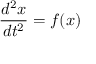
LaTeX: { \frac { d ^ { 2 } x } { d t ^ { 2 } } } = f ( x )